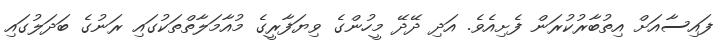
ފައިސާއަށް އިތުބާރުކުރަން ފެށިއެވެ. އަދި ދޭދޭ މީހުންގެ ވިޔަފާރީގެ މުއާމަލާތްތަކުގައި ރަނުގެ ބަދަލުގައި